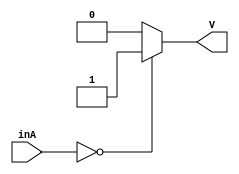
module all_zero_detector(inA, V
	);

	parameter n = 64;

	// Assigning ports as in/out
	input [n-1 : 0] inA;
	output V;

	assign V = (inA == 16'h0000000000000000) ? 1 : 0;

endmodule